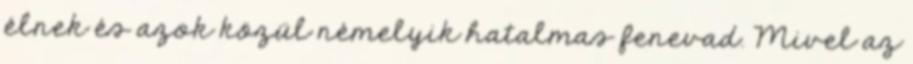
élnek és azok közül némelyik hatalmas fenevad. Mivel az